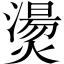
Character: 燙